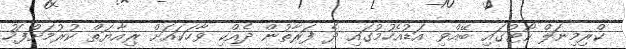
ކްރިމިނަލް ކޯޓުގައި ބޭއްވި އަޑުއެހުމުގައި ދެ ފަރާތުން ދެއްކި ވާހަކައަށް ރިއާޔަތް ކުރުމަށްފަހު